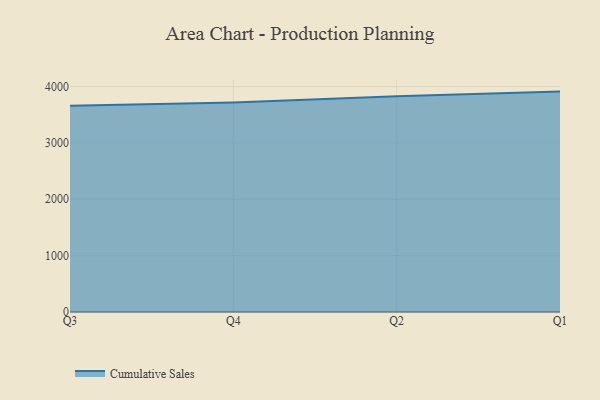
{"axis": {"x": "Quarter", "y": "Backlog"}, "legend": ["Cumulative Sales"], "data": [{"x": "Q3", "y": 3661.0, "type": "Cumulative Sales"}, {"x": "Q4", "y": 3715.5, "type": "Cumulative Sales"}, {"x": "Q2", "y": 3828.8, "type": "Cumulative Sales"}, {"x": "Q1", "y": 3910.4, "type": "Cumulative Sales"}]}